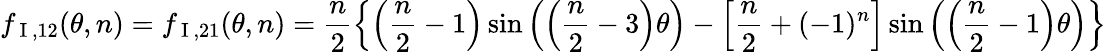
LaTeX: f_{\mathrm{~I~},12}(\theta,n)=f_{\mathrm{~I~},21}(\theta,n)=\frac{n}{2}\left\{ \left(\frac{n}{2}-1\right)\sin\left(\left(\frac{n}{2}-3\right)\theta\right)-\left[\frac{n}{2}+(-1)^{n}\right]\sin\left(\left(\frac{n}{2}-1\right)\theta\right)\right\}